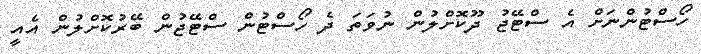
ހޯސްޓުންނަށް އެ ސްޓޭޖު ދޫކޮށްލުން ނުވަތަ ދެ ހޯސްޓުން ސްޓޭޖުން ބޭރުކޮށްލުން އެއީ